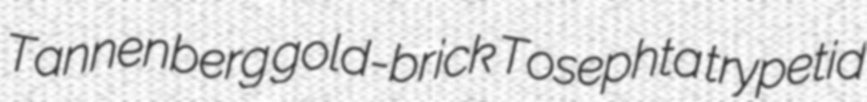
Tannenberg gold-brick Tosephta trypetid